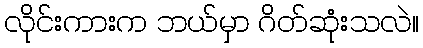
လိုင်းကားက ဘယ်မှာ ဂိတ်ဆုံးသလဲ။